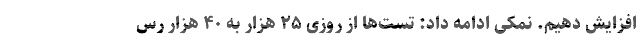
افزایش دهیم. نمکی ادامه داد: تست‌ها از روزی ۲۵ هزار به ۴۰ هزار رس